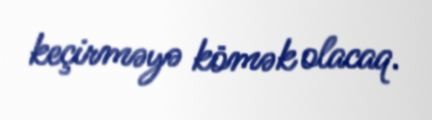
keçirməyə kömək olacaq.